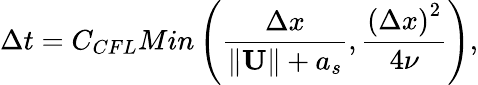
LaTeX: \Delta t={{C}_{CFL}}Min\left(\frac{\Delta x}{\left\| \mathbf{U}\right\| +{{a}_{s}}},\frac{{{\left(\Delta x\right)}^{2}}}{4\nu}\right),